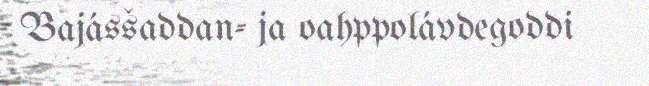
Bajásšaddan- ja oahppolávdegoddi